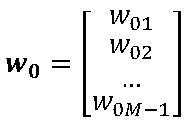
$\boldsymbol{w}_{0}=\left[\begin{array}{c}w_{01}\\w_{02}\\\cdots\\w_{0M - 1}\end{array}\right]$